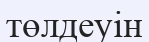
төлдеуін